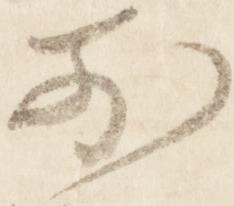
前